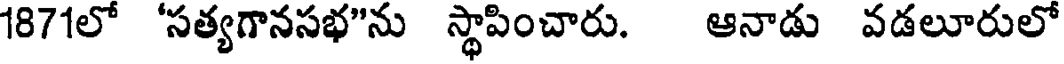
1871లో 'సత్యగానసభ"ను స్థాపించారు. ఆనాడు వడలూరులో